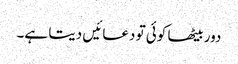
دور بیٹھا کوئی تو دعائیں دیتا ہے۔